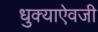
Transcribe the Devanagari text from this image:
धुक्याऐवजी